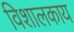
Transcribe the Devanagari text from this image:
विशालकाय